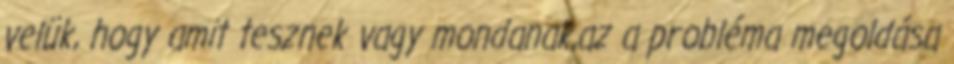
velük, hogy amit tesznek vagy mondanak,az a probléma megoldása